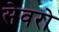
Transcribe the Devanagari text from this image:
सेवरो